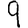
Digit: 9